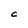
Character: C